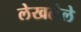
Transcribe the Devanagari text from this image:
लेखलेले